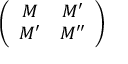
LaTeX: \left( \begin{array} { c c } { { M } } & { { M ^ { \prime } } } \\ { { M ^ { \prime } } } & { { M ^ { \prime \prime } } } \end{array} \right)